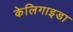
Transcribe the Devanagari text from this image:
केलिगाइडा